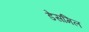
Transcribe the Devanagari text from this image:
डेसमिल